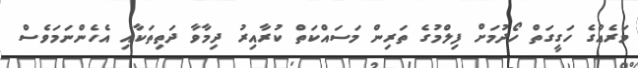
މަރެއްގެ ހަގީގަތް ހޯދުމަށް ފިލްމުގެ ތަރިން މަސައްކަތް ކުރާއިރު ދިމާވާ ދަތިތަކާއި އެހެންނަމަވެސް